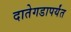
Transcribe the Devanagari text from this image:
दातेगडापर्यंत